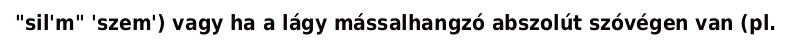
"sil'm" 'szem') vagy ha a lágy mássalhangzó abszolút szóvégen van (pl.